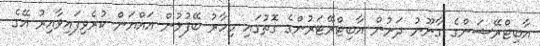
އާބިޓްރޭޝަންގެ ގާނޫނު ދަށުން އާބިޓްރޭޓަރުންގެ ގޮތުގައި މިހާރު ބޭފުޅުން އައްޔަން ކުރެވިފައިވާއިރު އޭގެ